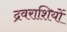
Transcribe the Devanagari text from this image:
द्रवराशियों